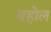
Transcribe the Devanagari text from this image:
बहोल